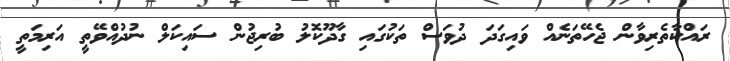
ރައްކާތެރިވާން ޖެހޭތަނެއް ވައިގަދަ ދުވަސް ތަކުގައި ގާދޫކޮލު ބުރިޖުން ސައިކަލް ނުދުއްވޭތީ އަރިމަތީ